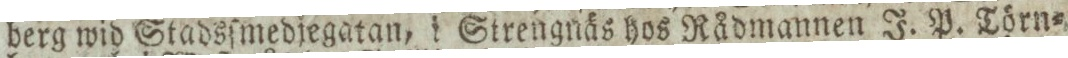
berg wid Stadsſmedjegatan, i Strengnäs hos Rådmannen J. P. Törn=